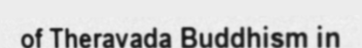
of Theravada Buddhism in